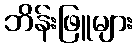
ဘိန်းဖြူများ